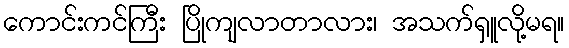
ကောင်းကင်ကြီး ပြိုကျလာတာလား၊ အသက်ရှူလို့မရ။